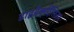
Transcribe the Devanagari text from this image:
डाइडैक्टिसिज़्म